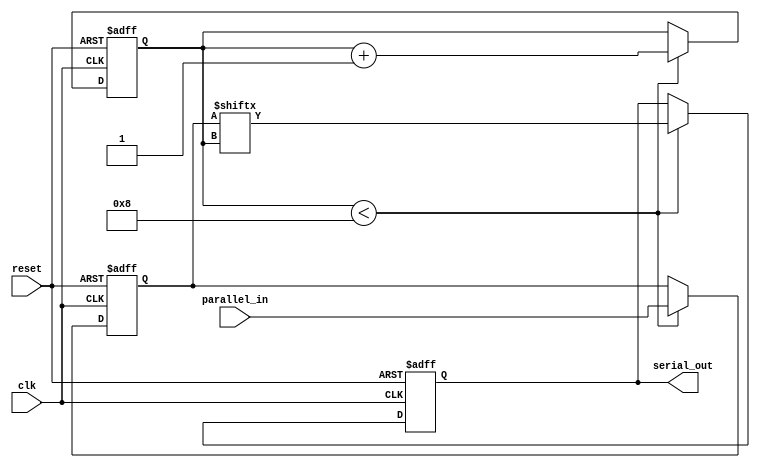
module parallel_in_serial_out_register(
    input [7:0] parallel_in,
    input clk,
    input reset,
    output reg serial_out
);

reg [7:0] internal_register;
reg counter = 0;

always @(posedge clk or posedge reset) begin
    if (reset) begin
        internal_register <= 8'b0;
        counter <= 0;
        serial_out <= 1'b0;
    end else if (counter < 8) begin
        internal_register <= parallel_in;
        counter <= counter + 1;
        serial_out <= internal_register[counter];
    end
end

endmodule